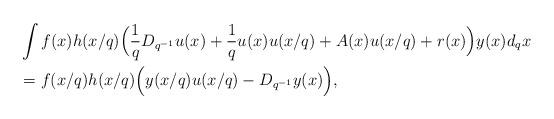
LaTeX: \begin{align*} &\int f(x) h(x/q) \Big( \frac{1}{q} D_{q^{-1}} u(x)+\frac{1}{q} u(x) u(x/q)+ A(x) u(x/q)+r(x)\Big) y(x) d_qx \\&= f(x/q) h(x/q) \Big( y(x/q)u(x/q) - D_{q^{-1}}y(x)\Big),\end{align*}